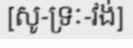
[សូ-ទ្រៈ-វង់]